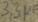
Text: 3,3µF